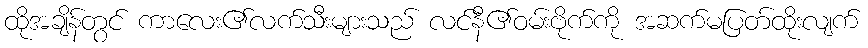
ထိုအချိန်တွင် ကာလေး၏လက်သီးများသည် လင်နီ၏ဝမ်းဗိုက်ကို အဆက်မပြတ်ထိုးလျက်